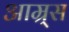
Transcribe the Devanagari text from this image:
आम्र्स